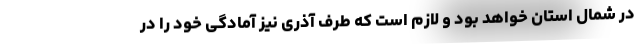
در شمال استان خواهد بود و لازم است که طرف آذری نیز آمادگی خود را در